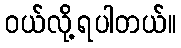
ဝယ်လို့ရပါတယ်။